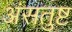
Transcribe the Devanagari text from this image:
अंसतुष्ट